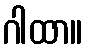
ဂါထာ။